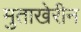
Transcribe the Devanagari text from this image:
मुताखेरीन